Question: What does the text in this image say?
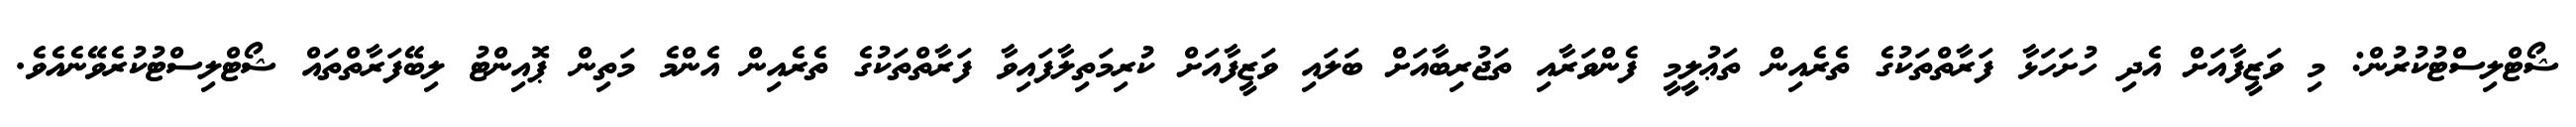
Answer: ޝޯޓްލިސްޓުކުރުން: މި ވަޒީފާއަށް އެދި ހުށަހަޅާ ފަރާތްތަކުގެ ތެރެއިން ތަޢުލީމީ ފެންވަރާއި ތަޖުރިބާއަށް ބަލައި ވަޒީފާއަށް ކުރިމަތިލާފައިވާ ފަރާތްތަކުގެ ތެރެއިން އެންމެ މަތިން ޕޮއިންޓު ލިބޭފަރާތްތައް ޝޯޓްލިސްޓުކުރެވޭނެއެވެ.